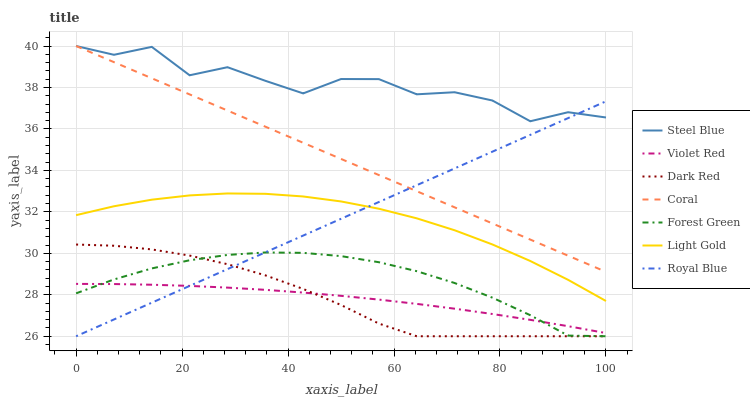
| xaxis_label | Steel Blue | Violet Red | Dark Red | Coral | Forest Green | Light Gold | Royal Blue |
 | --- | --- | --- | --- | --- | --- | --- | --- |
 | 0 | 40 | 28.5 | 30.4 | 40 | 28.1 | 31.8 | 26 |
 | 7.14 | 39.6 | 28.5 | 30.4 | 39.2 | 28.7 | 32.3 | 26.8 |
 | 14.3 | 40 | 28.5 | 30.2 | 38.4 | 29.3 | 32.6 | 27.6 |
 | 21.4 | 38.6 | 28.4 | 29.9 | 37.7 | 29.7 | 32.8 | 28.4 |
 | 28.6 | 39 | 28.3 | 29.5 | 36.9 | 29.9 | 32.9 | 29.2 |
 | 35.7 | 38.3 | 28.2 | 28.9 | 36.1 | 30 | 32.9 | 30 |
 | 42.9 | 37.7 | 28.1 | 28.3 | 35.3 | 30 | 32.7 | 30.9 |
 | 50 | 38.4 | 27.9 | 27.5 | 34.6 | 29.9 | 32.5 | 31.7 |
 | 57.1 | 38.4 | 27.8 | 26.6 | 33.8 | 29.6 | 32.2 | 32.5 |
 | 64.3 | 37.7 | 27.6 | 26 | 33 | 29.1 | 31.7 | 33.3 |
 | 71.4 | 37.8 | 27.3 | 26 | 32.2 | 28.6 | 31.1 | 34.1 |
 | 78.6 | 37.4 | 27.1 | 26 | 31.4 | 27.9 | 30.4 | 34.9 |
 | 85.7 | 36.4 | 26.8 | 26 | 30.7 | 27 | 29.6 | 35.7 |
 | 92.9 | 36.8 | 26.5 | 26 | 29.9 | 26 | 28.7 | 36.5 |
 | 100 | 36.6 | 26.2 | 26 | 29.1 | 26 | 27.7 | 37.3 |